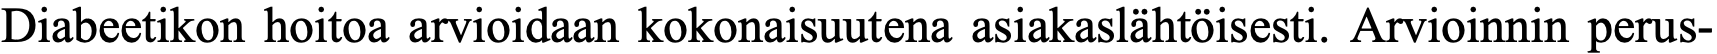
Diabeetikon hoitoa arvioidaan kokonaisuutena asiakaslähtöisesti. Arvioinnin perus-